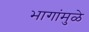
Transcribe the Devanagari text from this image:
भागांमुळे